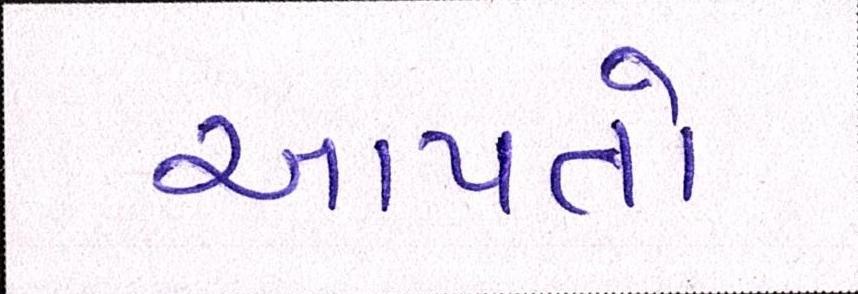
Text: આપતો